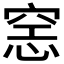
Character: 𰩍